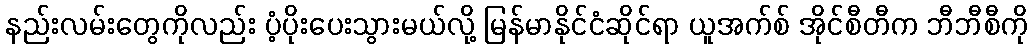
နည်းလမ်းတွေကိုလည်း ပံ့ပိုးပေးသွားမယ်လို့ မြန်မာနိုင်ငံဆိုင်ရာ ယူအက်စ် အိုင်စီတီက ဘီဘီစီကို